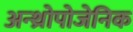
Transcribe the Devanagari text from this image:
अन्थ्रोपोजेनिक